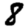
Digit: 8